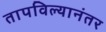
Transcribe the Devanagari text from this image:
तापविल्यानंतर